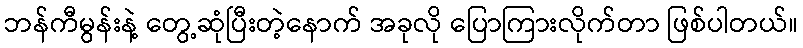
ဘန်ကီမွန်းနဲ့ တွေ့ဆုံပြီးတဲ့နောက် အခုလို ပြောကြားလိုက်တာ ဖြစ်ပါတယ်။